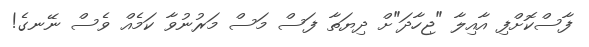
ފާސްކޮށްފި އާއިލާ "ޖިހާދަ"ށް ދިޔަތާ ފަސް މަސް މަރުނުވާ ކަމެއް ވެސް ނޭނގެ!